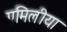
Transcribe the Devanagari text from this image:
एमिलीया